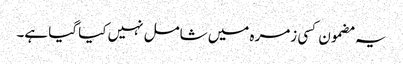
یہ مضمون کسی زمرہ میں شامل نہیں کیا گیا ہے۔